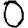
Digit: 0